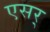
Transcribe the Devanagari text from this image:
एसर्